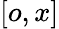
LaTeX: [o,x]